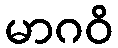
မာဂဝိ